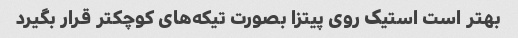
بهتر است استیک روی پیتزا بصورت تیکه‌های کوچکتر قرار بگیرد